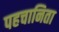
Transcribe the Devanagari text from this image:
पहचानिता